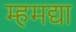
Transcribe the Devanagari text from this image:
म्हमद्या